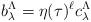
LaTeX: \begin{align*} b^\Lambda_\lambda = \eta(\tau)^\ell c^\Lambda_\lambda\end{align*}